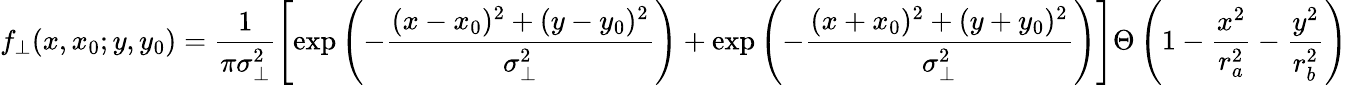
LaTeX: f_{\bot}(x,x_{0};y,y_{0})=\frac{1}{\pi\sigma_{\bot}^{2}}\left[\exp\left(-{\frac{(x-x_{0})^{2}+(y-y_{0})^{2}}{\sigma_{\bot}^{2}}}\right)+\exp\left(-{\frac{(x+x_{0})^{2}+(y+y_{0})^{2}}{\sigma_{\bot}^{2}}}\right)\right]\Theta\left(1-\frac{x^{2}}{r_{a}^{2}}-\frac{y^{2}}{r_{b}^{2}}\right)